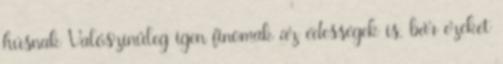
húsnak Valószínűleg igen finomak az édességek is, bár ezeket